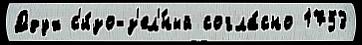
Ддух с'и́зо-з'ел'́ный согла́сно 1753